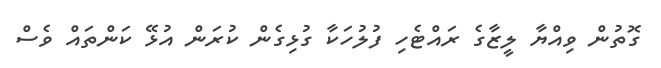
ގޮތުން ވިއްޔާ ލީޒާގެ ރައްޓެހި ފުލުހަކާ ގުޅިގެން ކުރަން އުޅޭ ކަންތައް ވެސް